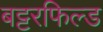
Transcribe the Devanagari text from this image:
बट्टरफिल्ड